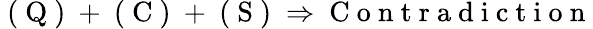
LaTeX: \begin{array}{r}{\mathrm{~(~Q~)~}+\mathrm{~(~C~)~}+\mathrm{~(~S~)~}\Rightarrow\mathrm{~C~o~n~t~r~a~d~i~c~t~i~o~n~}}\end{array}